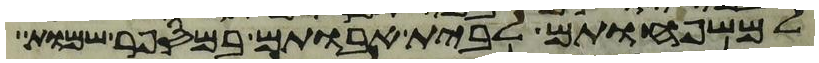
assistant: למשפחותם לבית אבותם במספר שמות